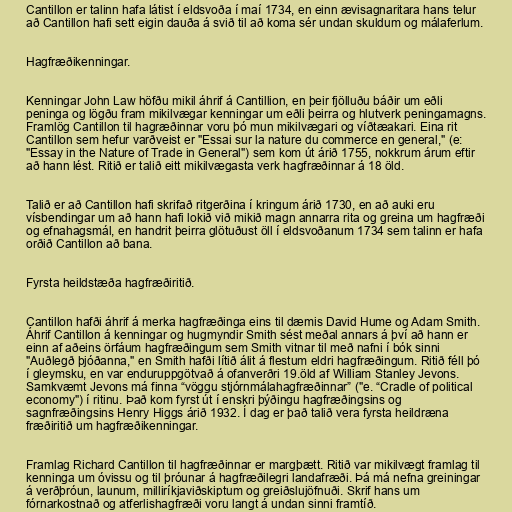
Cantillon er talinn hafa látist í eldsvoða í maí 1734, en einn ævisagnaritara hans telur
að Cantillon hafi sett eigin dauða á svið til að koma sér undan skuldum og málaferlum.

Hagfræðikenningar.

Kenningar John Law höfðu mikil áhrif á Cantillion, en þeir fjölluðu báðir um eðli
peninga og lögðu fram mikilvægar kenningar um eðli þeirra og hlutverk peningamagns.
Framlög Cantillon til hagræðinnar voru þó mun mikilvægari og víðtæakari. Eina rit
Cantillon sem hefur varðveist er "Essai sur la nature du commerce en general," (e:
"Essay in the Nature of Trade in General") sem kom út árið 1755, nokkrum árum eftir
að hann lést. Ritið er talið eitt mikilvægasta verk hagfræðinnar á 18 öld.

Talið er að Cantillon hafi skrifað ritgerðina í kringum árið 1730, en að auki eru
vísbendingar um að hann hafi lokið við mikið magn annarra rita og greina um hagfræði
og efnahagsmál, en handrit þeirra glötuðust öll í eldsvoðanum 1734 sem talinn er hafa
orðið Cantillon að bana.

Fyrsta heildstæða hagfræðiritið.

Cantillon hafði áhrif á merka hagfræðinga eins til dæmis David Hume og Adam Smith.
Áhrif Cantillon á kenningar og hugmyndir Smith sést meðal annars á því að hann er
einn af aðeins örfáum hagfræðingum sem Smith vitnar til með nafni í bók sinni
"Auðlegð þjóðanna," en Smith hafði lítið álit á flestum eldri hagfræðingum. Ritið féll þó
í gleymsku, en var enduruppgötvað á ofanverðri 19.öld af William Stanley Jevons.
Samkvæmt Jevons má finna “vöggu stjórnmálahagfræðinnar” ("e. “Cradle of political
economy") í ritinu. Það kom fyrst út í enskri þýðingu hagfræðingsins og
sagnfræðingsins Henry Higgs árið 1932. Í dag er það talið vera fyrsta heildræna
fræðiritið um hagfræðikenningar.

Framlag Richard Cantillon til hagfræðinnar er margþætt. Ritið var mikilvægt framlag til
kenninga um óvissu og til þróunar á hagfræðilegri landafræði. Þá má nefna greiningar
á verðþróun, launum, milliríkjaviðskiptum og greiðslujöfnuði. Skrif hans um
fórnarkostnað og atferlishagfræði voru langt á undan sinni framtíð.